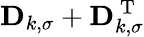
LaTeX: \mathbf{D}_{k,\sigma}+\mathbf{D}_{k,\sigma}^{\mathrm{~T~}}